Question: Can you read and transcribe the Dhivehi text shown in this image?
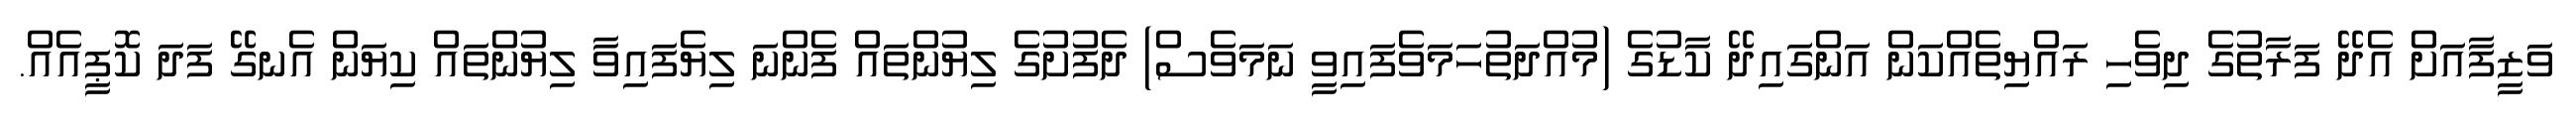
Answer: ވަޒީފާއަށް އެދޭ ފަރާތުގެ ދިވެހި ރައްޔިތެއްކަން އަންގައިދޭ ކާޑުގެ (މުއްދަތުހަމަވެފައިވީ ނަމަވެސް) ދެފުށުގެ ލިޔުންތައް ފެންނަ ލިޔެފައިވާ ލިޔުންތައް ކިޔަން އެނގޭ ފަދަ ކޮޕީއެއް.